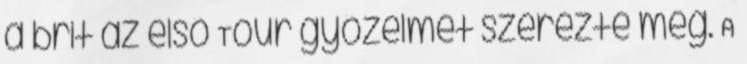
a brit az első Tour győzelmét szerezte meg. A